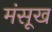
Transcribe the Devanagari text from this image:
मंसूख